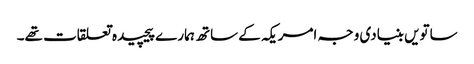
ساتویں بنیادی وجہ امریکہ کے ساتھ ہمارے پیچیدہ تعلقات تھے۔